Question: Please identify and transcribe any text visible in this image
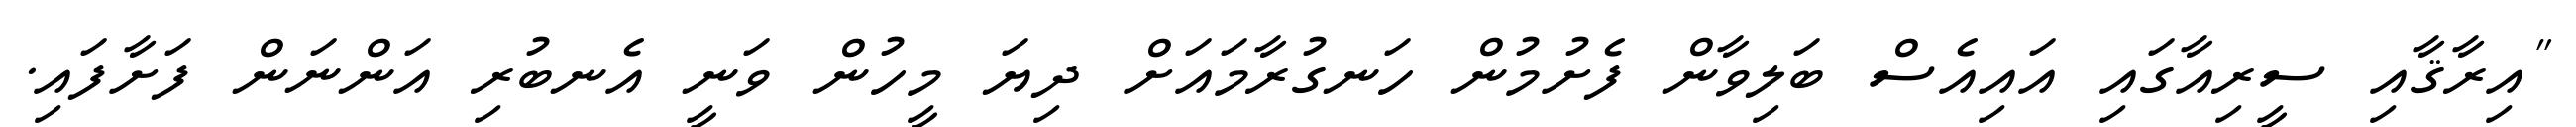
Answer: "އިރާޤާއި ސީރިއާގައި އައިއެސް ބަލިވާން ފެށުމުން ހަނގުރާމައަށް ދިޔަ މީހުން ވަނީ އެނބުރި އަންނަން ފަށާފައި.